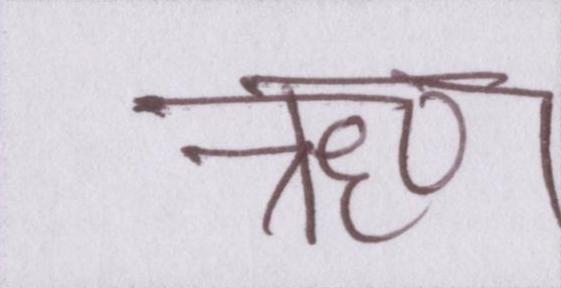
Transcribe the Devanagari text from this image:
ॠण